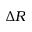
\Delta R